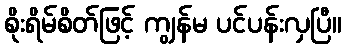
စိုးရိမ်စိတ်ဖြင့် ကျွန်မ ပင်ပန်းလှပြီ။